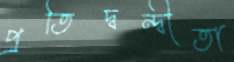
প্রতিদ্বন্দ্বীতা